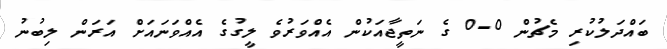
ބައްދަލުކުރި މެޗުން 0-0 ގެ ނަތީޖާއަކުން އެއްވަރުވެ ލީގުގެ އެއްވަނައަށް އަރަން ލިބުނު